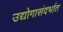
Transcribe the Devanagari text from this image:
उद्योगासंदर्भात